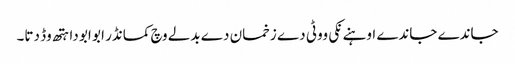
جاندے جاندے اوہنے نکی ووٹی دے زخمان دے بدلے وچ کمانڈر ابو ابو دا ہتھ وڈ دتا۔